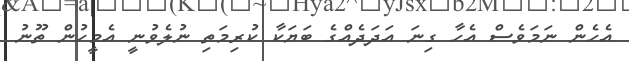
އެހެން ނަމަވެސް އެހާ ގިނަ އަދަދެއްގެ ބަޔަކާ ކުރިމަތި ނުލެވުނީ އެމީހުން ތޫނު